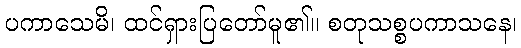
ပကာသေမိ၊ ထင်ရှားပြတော်မူ၏။ စတုသစ္စပကာသနေ၊